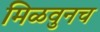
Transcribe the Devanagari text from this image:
मिळवुनच